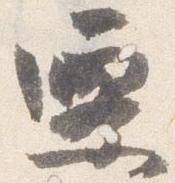
遷